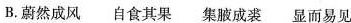
B.蔚然成风 自食其果 集腋成裘 显而易见